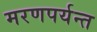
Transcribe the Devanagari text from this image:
मरणपर्यन्त